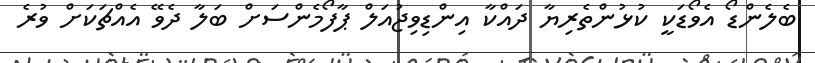
ބެލެންޑޯ އެވޯޑަކީ ކުޅުންތެރިޔާ ދައްކާ އިންޑިވިޖުއަލް ޕާފޯމެންސަށް ބަލާ ދެވޭ އެއްޗަކަށް ވުރެ